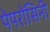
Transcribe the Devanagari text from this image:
पेपरोंसिनी